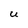
Character: U